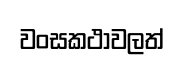
වංසකථාවලත්